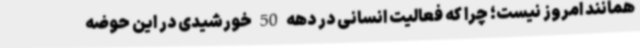
همانند امروز نیست؛ چرا که فعالیت انسانی در دهه 50 خورشیدی در این حوضه